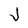
Character: J